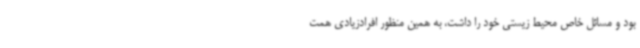
بود و مسائل خاص محیط زیستی خود را داشت، به همین منظور افرادزیادی همت